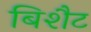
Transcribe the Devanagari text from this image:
बिशैट